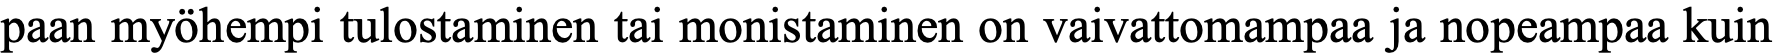
paan myöhempi tulostaminen tai monistaminen on vaivattomampaa ja nopeampaa kuin